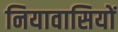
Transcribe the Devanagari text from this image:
नियावासियों